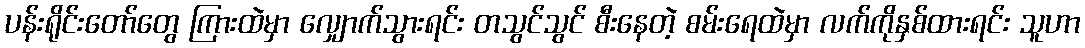
ပန်းရိုင်းတော်တွေ ကြားထဲမှာ လျှောက်သွားရင်း တသွင်သွင် စီးနေတဲ့ စမ်းရေထဲမှာ လက်ကိုနှစ်ထားရင်း သူဟာ